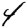
Digit: 4